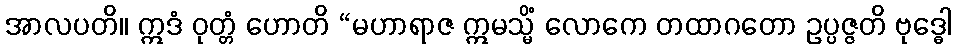
အာလပတိ။ ဣဒံ ဝုတ္တံ ဟောတိ “မဟာရာဇ ဣမသ္မိံ လောကေ တထာဂတော ဥပ္ပဇ္ဇတိ ဗုဒ္ဓေါ